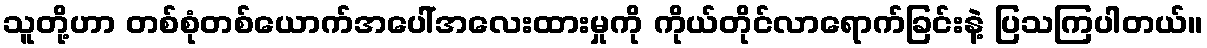
သူတို့ဟာ တစ်စုံတစ်ယောက်အပေါ်အလေးထားမှုကို ကိုယ်တိုင်လာရောက်ခြင်းနဲ့ ပြသကြပါတယ်။